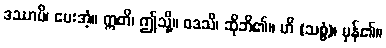
ဒဿာမိ၊ ပေးအံ့။ ဣတိ၊ ဤသို့။ ဝဒသိ၊ ဆိုဘိ၏။ ဟိ (သစ္စံ)၊ မှန်၏။